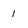
Character: 1